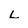
Character: L